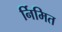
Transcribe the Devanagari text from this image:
र्निमित